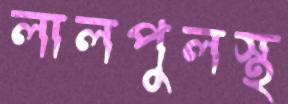
লালপুলস্থ